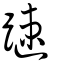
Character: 𨄞